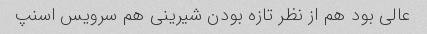
عالی بود هم از نظر تازه بودن شیرینی هم سرویس اسنپ